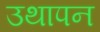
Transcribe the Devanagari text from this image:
उथापन